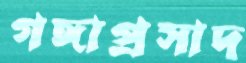
গঙ্গাপ্রসাদ